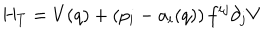
H _ { T } = V ( q ) + \left( p _ { i } - a _ { i } ( q ) \right) f ^ { i j } \partial _ { j } V